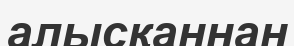
алысқаннан